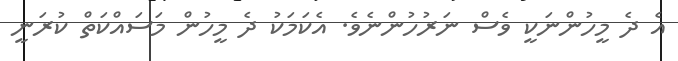
އެ ދެ މީހުންނަކީ ވެސް ނަރުހުންނެވެ. އެކަމަކު ދެ މީހުން މަސައްކަތް ކުރަނީ